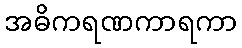
အဓိကရဏကာရကာ